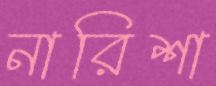
নারিশা